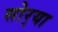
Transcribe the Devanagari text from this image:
सोर्‍या